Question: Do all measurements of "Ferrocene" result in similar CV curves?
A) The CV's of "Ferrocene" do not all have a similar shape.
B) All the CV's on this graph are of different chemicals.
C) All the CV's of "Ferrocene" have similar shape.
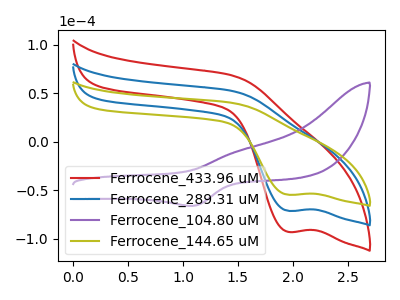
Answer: <think>The red curve "Ferrocene_433.96 uM" has a cathodic peak at: (1.95V, -142.10uA). The blue curve "Ferrocene_289.31 uM" has a cathodic peak at: (1.95V, -71.05uA). The purple curve "Ferrocene_104.80 uM" has an anodic peak at (1.50V, -9.45uA) and a cathodic peak at (1.10V, -65.90uA). The olive curve "Ferrocene_144.65 uM" has a cathodic peak at: (1.95V, -54.45uA).
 All the peaks in "Ferrocene_433.96 uM" have a peak in "Ferrocene_289.31 uM" at the same potential. Every peak in "Ferrocene_433.96 uM" is higher than every peak in "Ferrocene_289.31 uM". "Ferrocene_433.96 uM" and "Ferrocene_104.80 uM" have a different number of peaks. All the peaks in "Ferrocene_433.96 uM" have a peak in "Ferrocene_144.65 uM" at the same potential. Every peak in "Ferrocene_433.96 uM" is higher than every peak in "Ferrocene_144.65 uM". "Ferrocene_289.31 uM" and "Ferrocene_104.80 uM" have a different number of peaks. All the peaks in "Ferrocene_289.31 uM" have a peak in "Ferrocene_144.65 uM" at the same potential. Every peak in "Ferrocene_289.31 uM" is higher than every peak in "Ferrocene_144.65 uM". "Ferrocene_104.80 uM" and "Ferrocene_144.65 uM" have a different number of peaks.</think>
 <answer>C) All the CV's of "Ferrocene" have similar shape.</answer>
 <eval>C</eval>